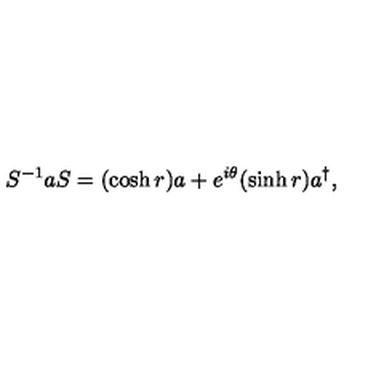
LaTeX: S ^ { - 1 } a S = ( \cosh r ) a + e ^ { i \theta } ( \sinh r ) a ^ { \dagger } ,